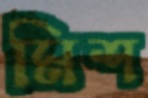
মিশ